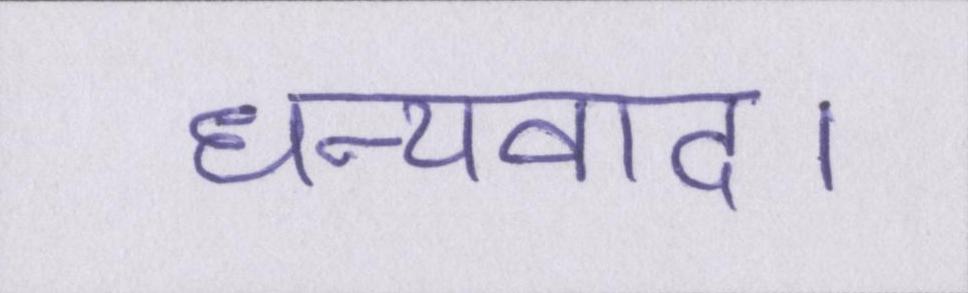
धन्यवाद।